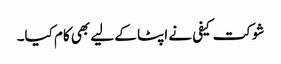
شوکت کیفی نے اپٹا کے لیے بھی کام کیا۔